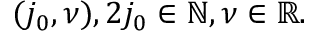
( j _ { 0 } , \nu ) , 2 j _ { 0 } \in \mathbb { N } , \nu \in \mathbb { R } .